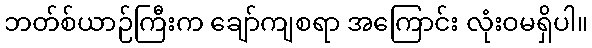
ဘတ်စ်ယာဉ်ကြီးက ချော်ကျစရာ အကြောင်း လုံးဝမရှိပါ။